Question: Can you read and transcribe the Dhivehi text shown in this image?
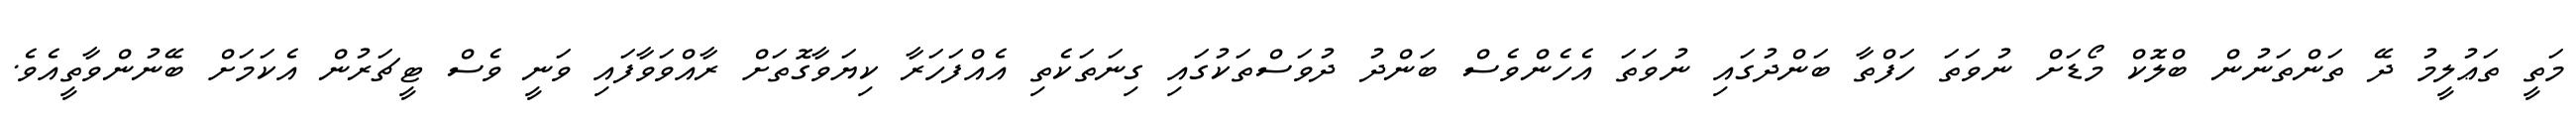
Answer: މަތީ ތަޢުލީމު ދޭ ތަންތަނުން ބްލޮކް މޯޑަށް ނުވަތަ ހަފްތާ ބަންދުގައި ނުވަތަ އެހެންވެސް ބަންދު ދުވަސްތަކުގައި ގިނަތަކެތި އެއްފަހަރާ ކިޔަވާގޮތަށް ރާއްވަވާފައި ވަނީ ވެސް ޓީޗަރުން އެކަމަށް ބޭނުންވާތީއެވެ.